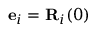
{ \bf e } _ { i } = { \bf R } _ { i } ( 0 )